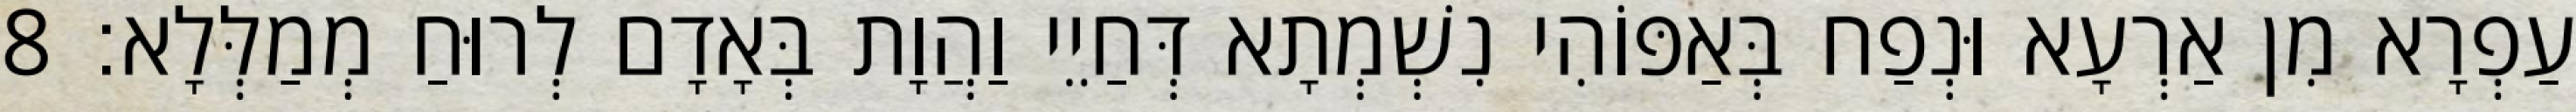
עַפְרָא מִן אַרְעָא וּנְפַח בְּאַפּוֹהִי נִשְׁמְתָא דְּחַיֵי וַהֲוָת בְּאָדָם לְרוּחַ מְמַלְּלָא׃ 8